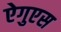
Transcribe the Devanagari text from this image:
ऐगुएस